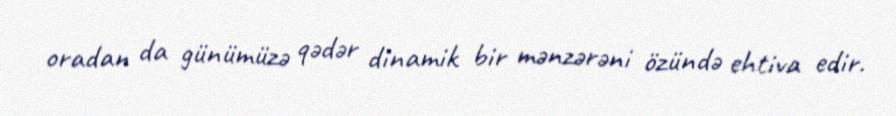
oradan da günümüzə qədər dinamik bir mənzərəni özündə ehtiva edir.